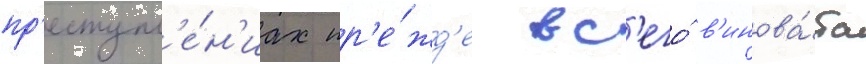
пр'еступл'е́н'иах пр'е́жд'е вс'его́ в'инова́та